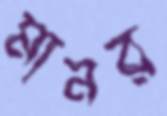
মানর